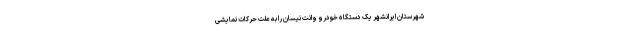
شهرستان ایرانشهر یک دستگاه خودرو وانت نیسان را به علت حرکات نمایشی